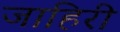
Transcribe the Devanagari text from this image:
जाहिरी